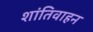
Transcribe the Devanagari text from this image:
शांतिवाहन